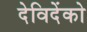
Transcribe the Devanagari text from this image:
देविदेंको